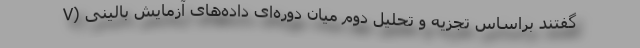
V) گفتند براساس تجزیه و تحلیل دوم میان دوره‌ای داده‌های آزمایش بالینی